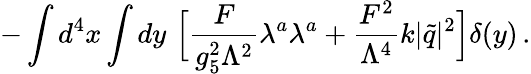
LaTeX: -\int d^{4}x\int dy\, \, \Big[\frac{F}{g_{5}^{2}\Lambda^{2}}\lambda^{a}\lambda^{a}+\frac{F^{2}}{\Lambda^{4}}k|{\widetilde q}|^{2}\Big]\delta(y)\, .